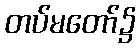
တပ်မတော်၌